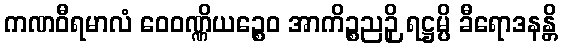
ကဏဝီရမာလံ ဝေဝဏ္ဏိယဉ္စေဝ အာကိဉ္စညဉှိ ရဋ္ဌမ္ပိ ခီရောဒနန္တိ